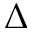
\Delta